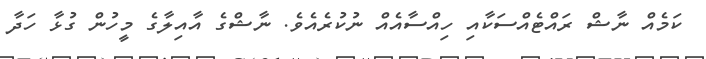
ކަމެއް ނާޝް ރައްޓެއްސަކާއި ހިއްސާއެއް ނުކުރެއެވެ. ނާޝްގެ އާއިލާގެ މީހުން ގުޅާ ހަދާ